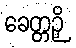
ခေတ္တဉှိ